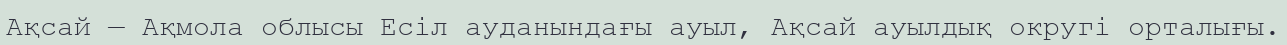
Ақсай — Ақмола облысы Есіл ауданындағы ауыл, Ақсай ауылдық округі орталығы.